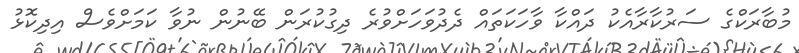
މުބާރަކްގެ ސަރުކާރާއެކު ދައްކާ ވާހަކަތައް ދެދުވަހަށްވުރެ ދިގުކުރަން ބޭނުން ނުވާ ކަމަށްވެސް އިދިކޮޅު